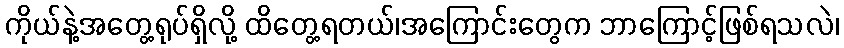
ကိုယ်နဲ့အတွေ့ရုပ်ရှိလို့ ထိတွေ့ရတယ်၊အကြောင်းတွေက ဘာကြောင့်ဖြစ်ရသလဲ၊